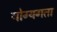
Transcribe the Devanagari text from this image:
योग्यगता